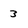
Character: 3